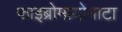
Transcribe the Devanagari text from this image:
फाइब्रोमायोमाटा